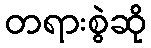
တရားစွဲဆို